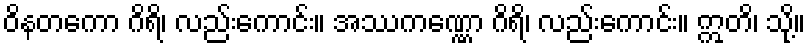
ဝိနတကော ဂိရိ၊ လည်းကောင်း။ အဿကဏ္ဏော ဂိရိ၊ လည်းကောင်း။ ဣတိ၊ သို့။